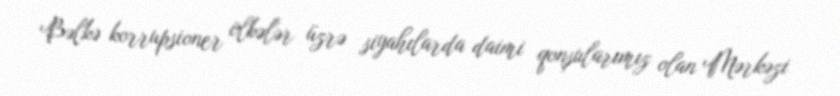
Bəlkə korrupsioner ölkələr üzrə siyahılarda daimi qonşularımız olan Mərkəzi